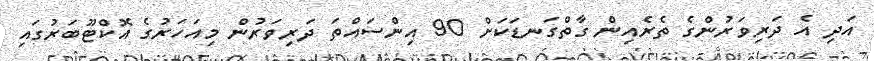
އަދި އެ ދަރިވަރުންގެ ތެރެއިން ގާތްގަނޑަކަށް 90 އިންސައްތަ ދަރިވަރުން މިއަހަރުގެ އޮކްޓޫބަރުގައި